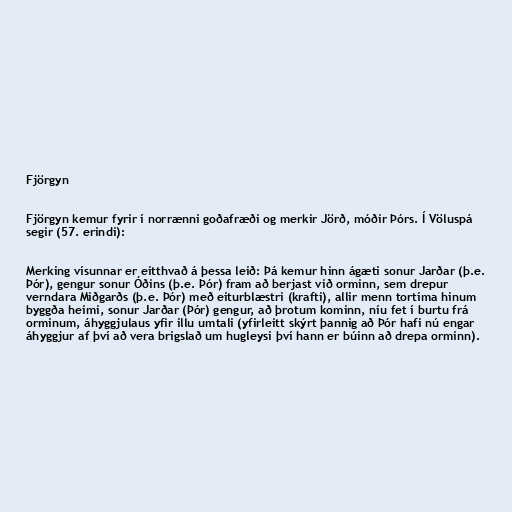
Fjörgyn

Fjörgyn kemur fyrir í norrænni goðafræði og merkir Jörð, móðir Þórs. Í Völuspá
segir (57. erindi):

Merking vísunnar er eitthvað á þessa leið: Þá kemur hinn ágæti sonur Jarðar (þ.e.
Þór), gengur sonur Óðins (þ.e. Þór) fram að berjast við orminn, sem drepur
verndara Miðgarðs (þ.e. Þór) með eiturblæstri (krafti), allir menn tortíma hinum
byggða heimi, sonur Jarðar (Þór) gengur, að þrotum kominn, níu fet í burtu frá
orminum, áhyggjulaus yfir illu umtali (yfirleitt skýrt þannig að Þór hafi nú engar
áhyggjur af því að vera brigslað um hugleysi því hann er búinn að drepa orminn).